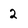
Character: 2